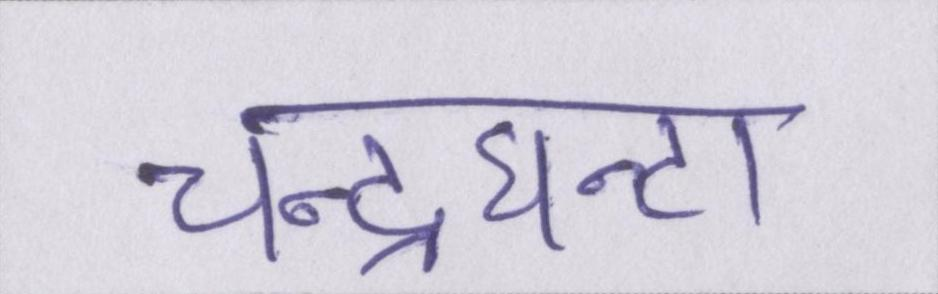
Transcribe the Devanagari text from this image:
चन्द्रघन्टा